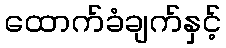
ထောက်ခံချက်နှင့်